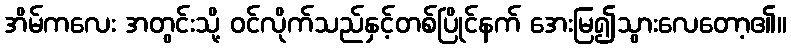
အိမ်ကလေး အတွင်းသို့ ဝင်လိုက်သည်နှင့်တစ်ပြိုင်နက် အေးမြ၍သွားလေတော့၏။